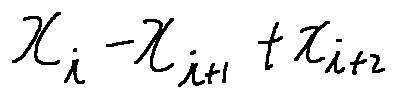
x _ { i } - x _ { i + 1 } + x _ { i + 2 }